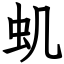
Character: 虮